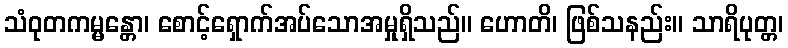
သံဝုတကမ္မန္တော၊ စောင့်ရှောက်အပ်သောအမှုရှိသည်။ ဟောတိ၊ ဖြစ်သနည်း။ သာရိပုတ္တ၊